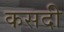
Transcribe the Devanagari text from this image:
कसदी